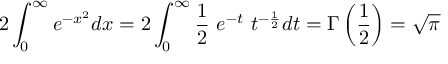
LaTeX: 2 \int _ { 0 } ^ { \infty } e ^ { - x ^ { 2 } } d x = 2 \int _ { 0 } ^ { \infty } { \frac { 1 } { 2 } } \ e ^ { - t } \ t ^ { - { \frac { 1 } { 2 } } } d t = \Gamma \left( { \frac { 1 } { 2 } } \right) = { \sqrt { \pi } }